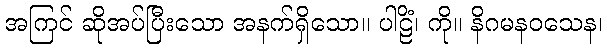
အကြင် ဆိုအပ်ပြီးသော အနက်ရှိသော။ ပါဠိံ၊ ကို။ နိဂမနဝသေန၊